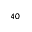
^ { 4 0 }